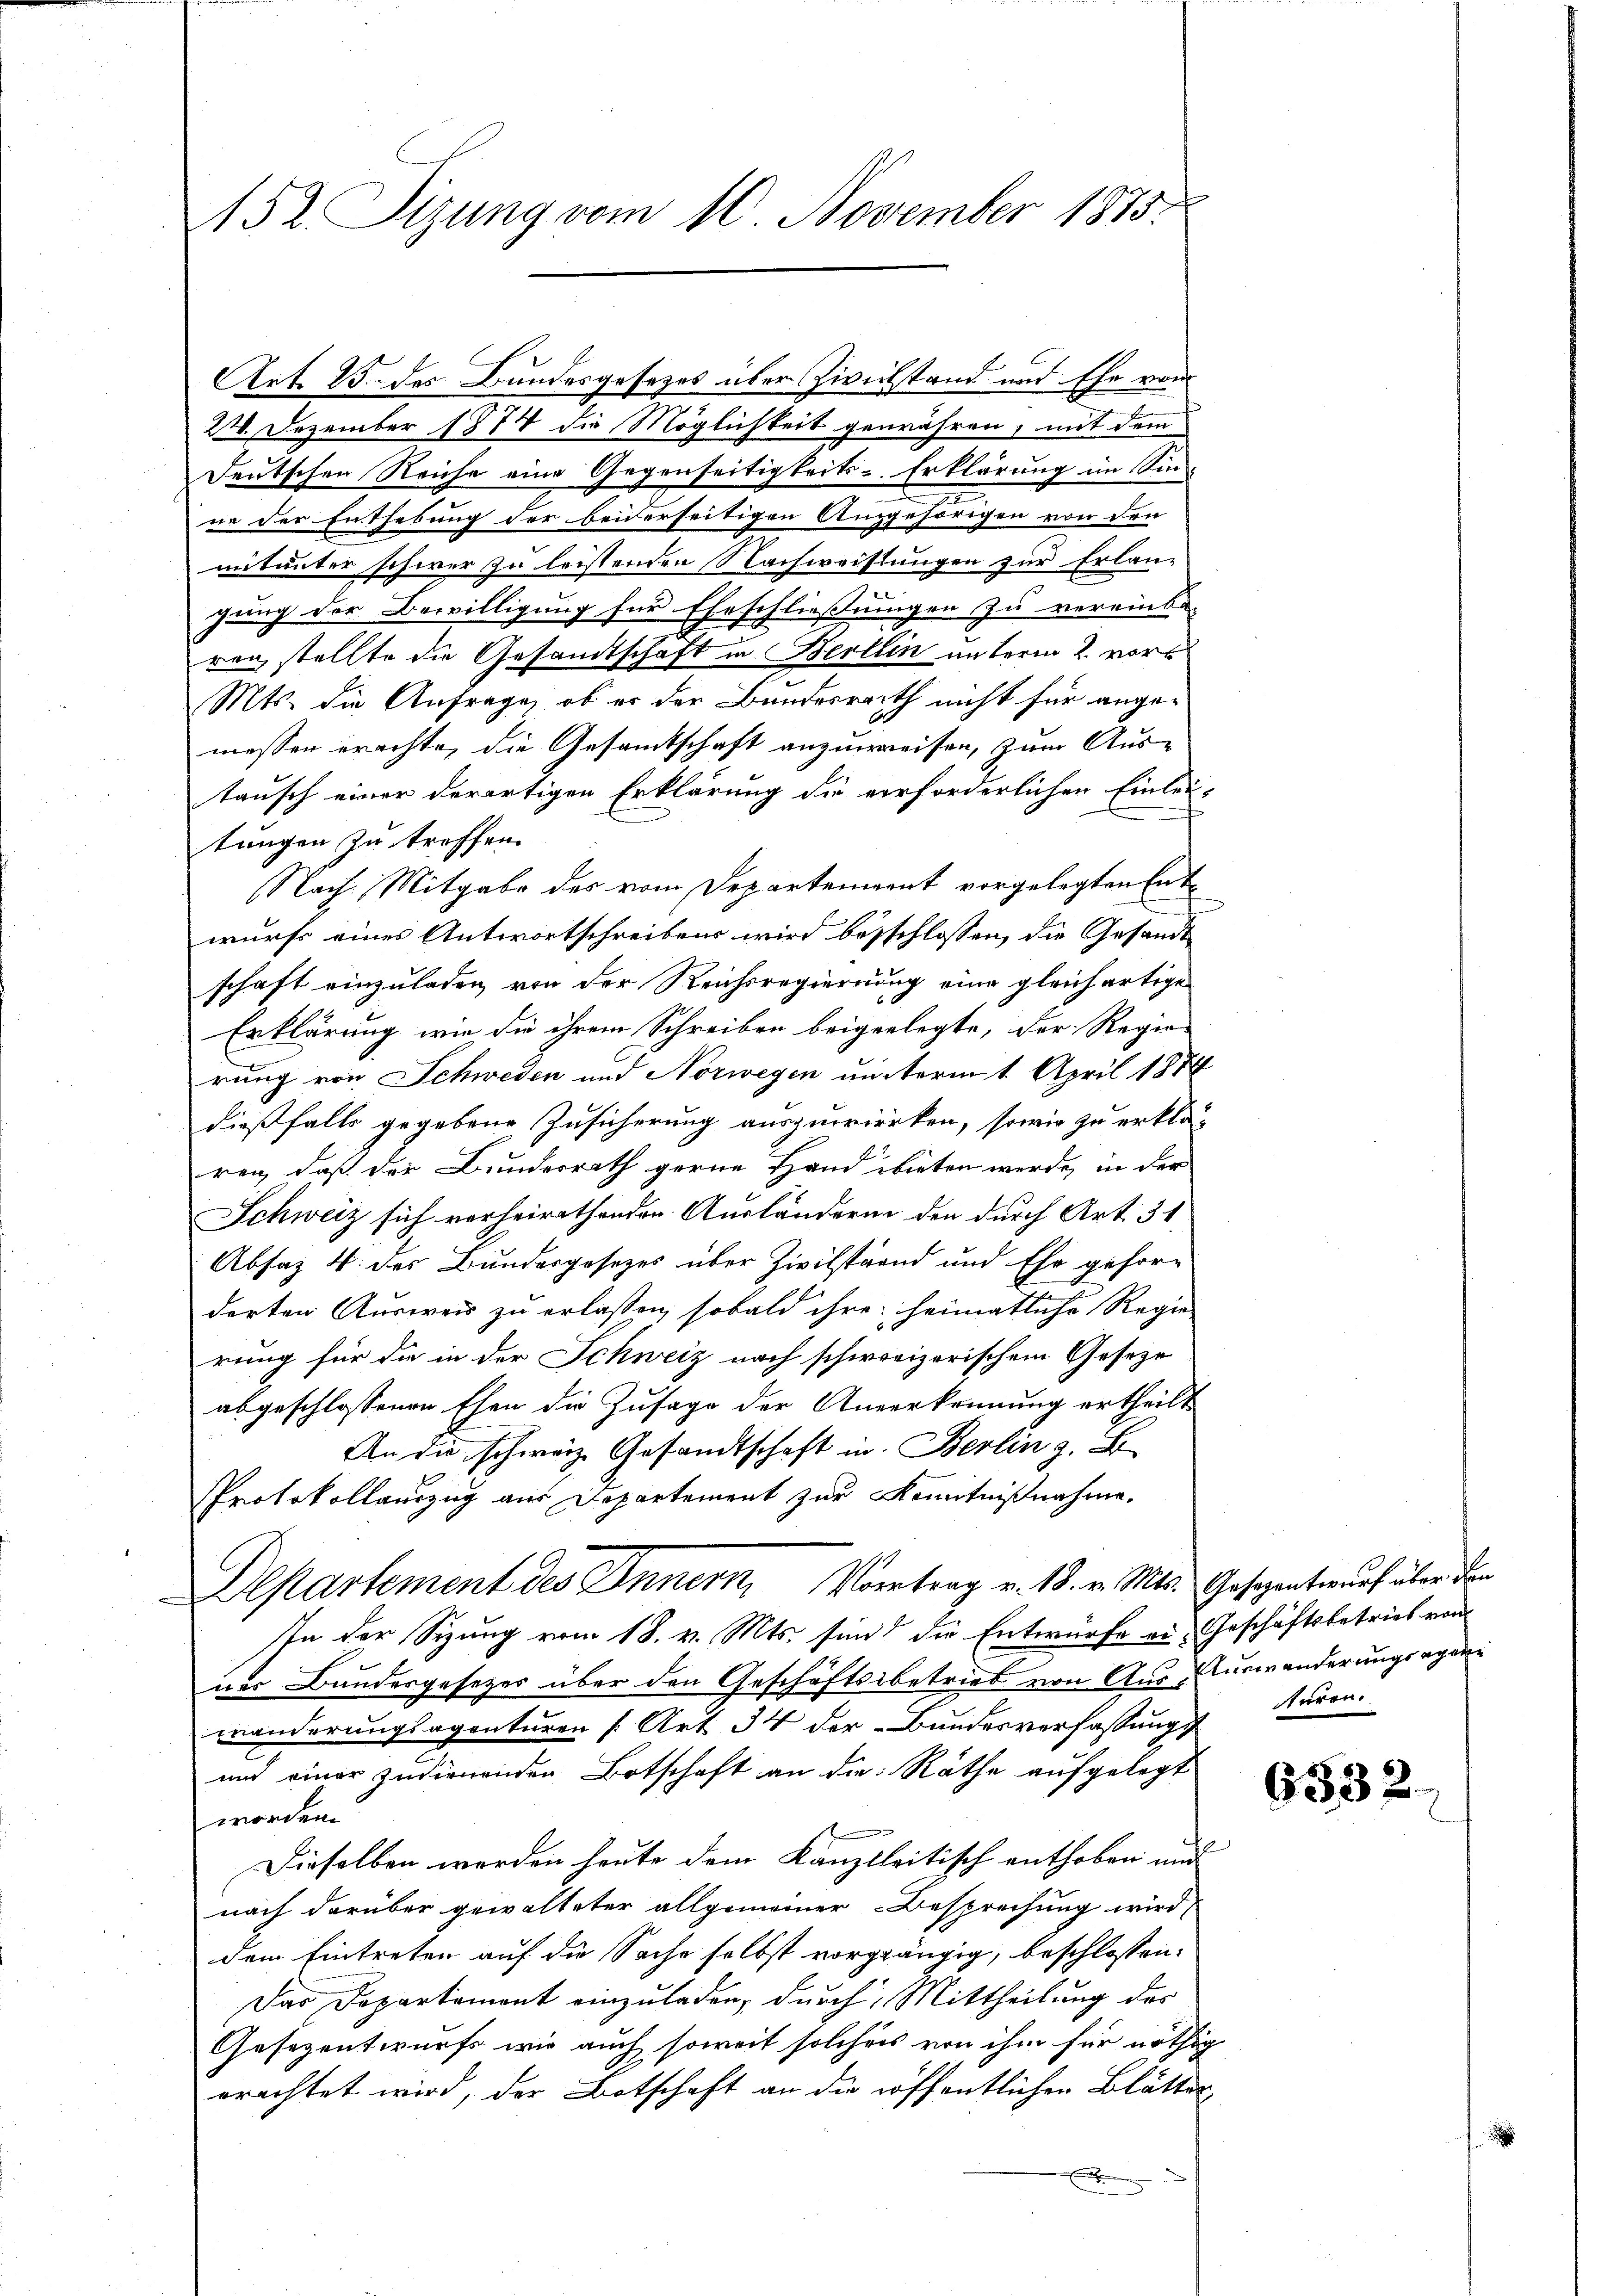
e
152. Sizung vom 10. November 1875.

Art. 25. des Bundesgesezes über Zivilstand und Ehe vom
22. Dezember 1874 die Möglichkeit gewähren, mit dem
Deutschen Reiche eine Gegenseitigkeits-Erklärung im Sinne der Enthebung der beiderseitigen Angehörigen von den
mitunter schwer zu leistenden Nachweistungen zur Erlangung der Bewilligung für Eheschließungen zu vereinba
ren, stellte die Gesandtschaft in Berlin unterm 2. vor
Mts. die Anfrage, ob es der Bundesrath nicht für angemessen erachte, die Gesamtschaft anzuweisen, zum Aus-
tausch einer derartigen Erklärung die verforderlichen Einleu-
tungen zu treffen.
Nach Mitgabe des vom Departement vorgelegten Entwurfs eines Antwortschreibens wird besschlossen, die Gesandt
schaft einzuladen von der Reichsregierung eine gleichartige
Erklärung wie die ihrem Schreiben beigerlegte, der Regie-
rung von Schweden und Norwegen unterm 1. April 1874
dießfalls gegebene Zusicherung auszuwirken, sowie zu erklä-
ren, daß der Bundesrath gerne Hand bieten werde, in der
Schweiz sich vorheirathenden Ausländeren den durch Art. 31
Absaz 4. des Bundesgesezes über Zivilstand und Ehe gehöre
derten Ausweis zu erlassen, sobald ihre heimatliche Regie
rung für die in der Schweiz nach schweizerischem Geseze
abgeschlossenen Ehen die Zusage der Anverkennung ertheilt
An die schweiz. Gesandtschaft in Berlin z. B
Protokollauszug aus Departement zur Kenntnißnahme.
Departement des Innern Vortrag v. 18. v. Mts. Gesezentwurf über den
In der Sizung vom 18. v. Mts. sind die Entwurfe ein Geschäftsbetrieb von
ner Bundesgesetzes über den Geschäftsbetrieb von Aus-Auswanderungsagen
wanderungsagenturen [Art. 34 der Bundesverfassung
und einer zudienenden Botschaft an die Räthe aufgelegt
worden.
Dieselben werden heute dem Kanzleitisch enthoben und
nach darüber gewalteter allgemeiner Besprechung wird
dem Eintreten auf die Sache selbst vorgängig, beschlossen:
Das Departemont einzuladen, durch Mittheilung des
Gesezentwurfs wir auch soweit solchers von ihm für nöthig
rrichtet wird, der Botschaft an die öffentlichen Blätter

turen.

6532